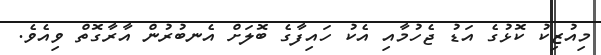
މިއުޒިކު ކޮޅުގެ އަޑު ޖެހުމާއި އެކު ހައިފާގެ ބޮލަށް އެނބުރުން އާރާގޮތް ވިއެވެ.